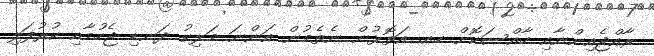
ރާއްޖެއިންނާއި ހާއްސަކޮށް ހއ. އަތޮޅުން ނެތެމުން އަންނަ މަލިކު ދަނޑި ޖެހުމާއި ކުރުފަލި